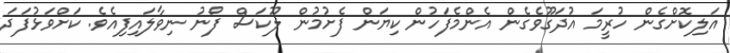
އަލިކޮށްގެން ހުރީމަ އުދަގޫވެގެން އެންމެފަހުން ކިޔަން ފެށުމުން ލޫކަސް ފޯނު ނިވާލައިފިއެވެ. ކަށްވަޅުފަދަ